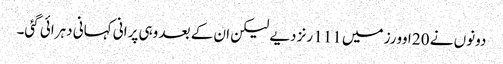
دونوں نے 20 اوورز میں 111 رنز دیے لیکن ان کے بعد وہی پرانی کہانی دہرائی گئی۔